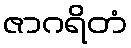
ဇာဂရိတံ